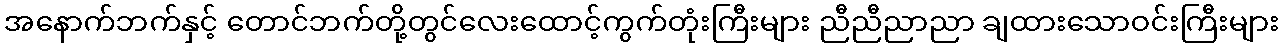
အနောက်ဘက်နှင့် တောင်ဘက်တို့တွင်လေးထောင့်ကွက်တုံးကြီးများ ညီညီညာညာ ချထားသောဝင်းကြီးများ